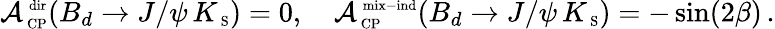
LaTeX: {\cal A}_{\mathrm{{\scriptsize~CP}}}^{\mathrm{{\scriptsize~dir}}}(B_{d}\to J/\psi\, K_{\mathrm{{\scriptsize~S}}})=0,\quad{\cal A}_{\mathrm{{\scriptsize~CP}}}^{\mathrm{{\scriptsize~mix-ind}}}(B_{d}\to J/\psi\, K_{\mathrm{{\scriptsize~S}}})=-\sin(2\beta)\, .